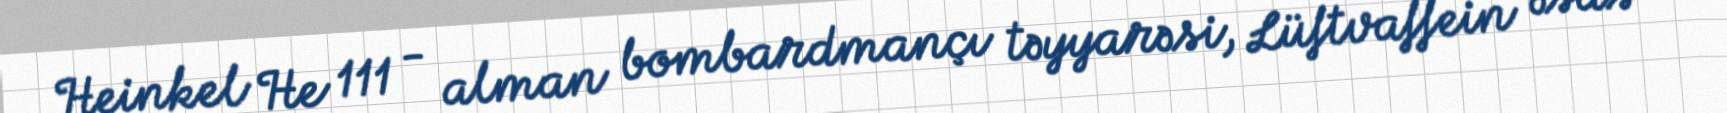
Heinkel He 111 - alman bombardmançı təyyarəsi, Lüftvaffein əsas